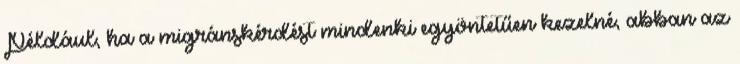
Például, ha a migránskérdést mindenki egyöntetűen kezelné, abban az